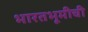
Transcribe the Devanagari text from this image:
भारतभूमीची